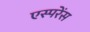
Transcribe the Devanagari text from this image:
एस्परेंस